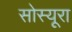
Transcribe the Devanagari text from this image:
सोस्यूरा